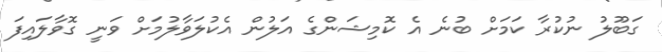
ގަބޫލު ނުކުރާ ކަމަށް ބުނެ އެ ކޮމިޝަންގެ އަލުން އެކުލަވާލުމަށް ވަނީ ގޮވާލައިފަ